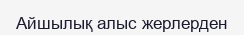
Айшылық алыс жерлерден